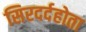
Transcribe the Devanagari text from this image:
सिरदर्दहोता